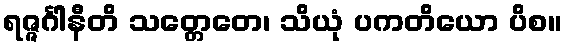
ရဇ္ဇင်္ဂါနီတိ သတ္တေတေ၊ သိယုံ ပကတိယော ပိစ။